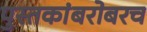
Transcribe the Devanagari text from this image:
पुस्तकांबरोबरच